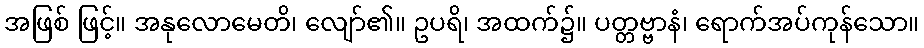
အဖြစ် ဖြင့်။ အနုလောမေတိ၊ လျော်၏။ ဥပရိ၊ အထက်၌။ ပတ္တဗ္ဗာနံ၊ ရောက်အပ်ကုန်သော။